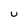
Character: u